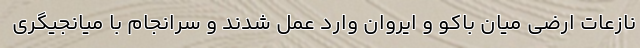
نازعات ارضی میان باکو و ایروان وارد عمل شدند و سرانجام با میانجیگری